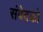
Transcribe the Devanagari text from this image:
संवेदको